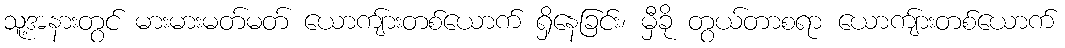
သူ့အနားတွင် မားမားမတ်မတ် ယောကျ်ားတစ်ယောက် ရှိနေခြင်း၊ မှီခို တွယ်တာစရာ ယောကျ်ားတစ်ယောက်